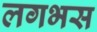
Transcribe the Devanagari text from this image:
लगभस